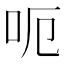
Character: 呃